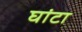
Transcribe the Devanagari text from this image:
घांटा